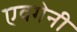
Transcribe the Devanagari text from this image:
एवगेनी